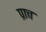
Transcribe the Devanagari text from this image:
प्राच